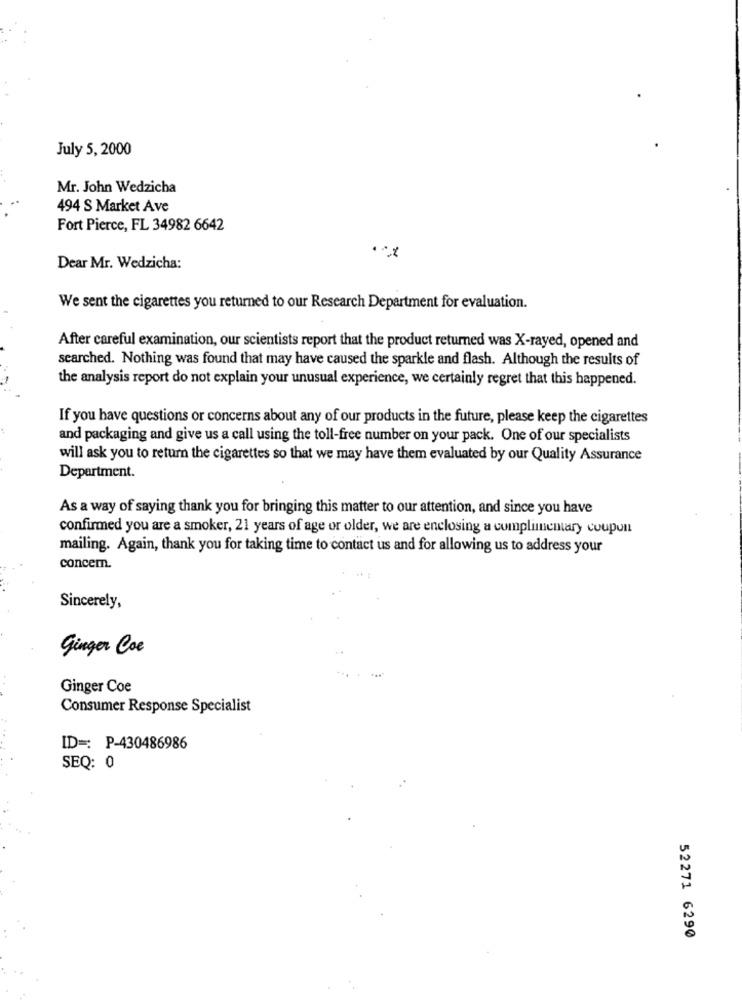
July 5, 2000
Mr. John Wedzicha
494 S Market Ave
Fort Pierce, FL 34982 6642
Dear Mr. Wedzicha:
We sent the cigarettes you returned to our Research Department for evaluation.
After careful examination, our scientists report that the product returned was X-rayed, opened and
searched. Nothing was found that may have caused the sparkle and flash. Although the results of
the analysis report do not explain your unusual experience, we certainly regret that this happened.
If you have questions or concerns about any of our products in the future, please keep the cigarettes
and packaging and give us a call using the toll-free number on your pack. One of our specialists
will ask you to return the cigarettes so that we may have them evaluated by our Quality Assurance
Department.
As a way of saying thank you for bringing this matter to our attention, and since you have
confirmed you are a smoker, 21 years of age or older, we are enclosing a complimentary coupun
mailing. Again, thank you for taking time to contact us and for allowing us to address your
concem.
Sincerely,
Ginger Coe
Ginger Coe
Consumer Response Specialist
ID =: P-430486986
SEQ: 0
52271 6290